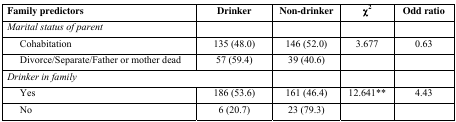
<table><thead><tr><td><b>Family predictors</b></td><td><b>Drinker</b></td><td><b>Non-drinker</b></td><td><b>χ<sup>2</sup></b></td><td><b>Odd ratio</b></td></tr></thead><tbody><tr><td><i>Marital status of parent</i></td><td></td><td></td><td></td><td></td></tr><tr><td> Cohabitation</td><td>135 (48.0)</td><td>146 (52.0)</td><td>3.677</td><td>0.63</td></tr><tr><td> Divorce/Separate/Father or mother dead</td><td>57 (59.4)</td><td>39 (40.6)</td><td></td><td></td></tr><tr><td colspan="2"><i>Drinker in family</i></td><td></td><td></td><td></td></tr><tr><td> Yes</td><td>186 (53.6)</td><td>161 (46.4)</td><td>12.641**</td><td>4.43</td></tr><tr><td> No</td><td>6 (20.7)</td><td>23 (79.3)</td><td></td><td></td></tr></tbody></table>